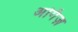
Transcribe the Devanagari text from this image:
अर्गिज़